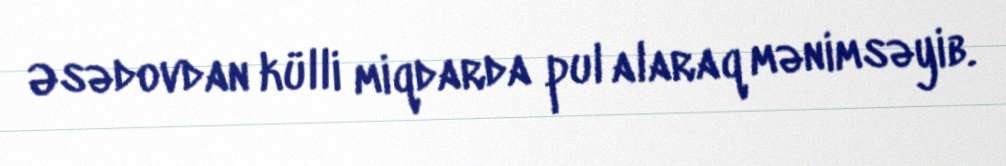
Əsədovdan külli miqdarda pul alaraq mənimsəyib.